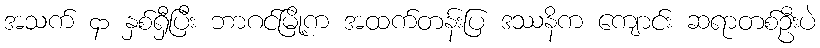
အသက် ၄၁ နှစ်ရှီပြီး ဘာဂင်မြို့က အထက်တန်းပြ ဒဿနိက ကျောင်း ဆရာတစ်ဦးပဲ